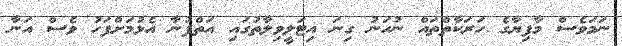
ނަމަވެސް މާފިޔާގެ ހަރަކާތްތައް ނުހަނު ގިނަ އިޓަލީވިލާތުގައި އަތްފުނާ އެޅުމަށްފަހު ވެސް އަނާ